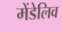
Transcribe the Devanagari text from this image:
मेंडेलिव